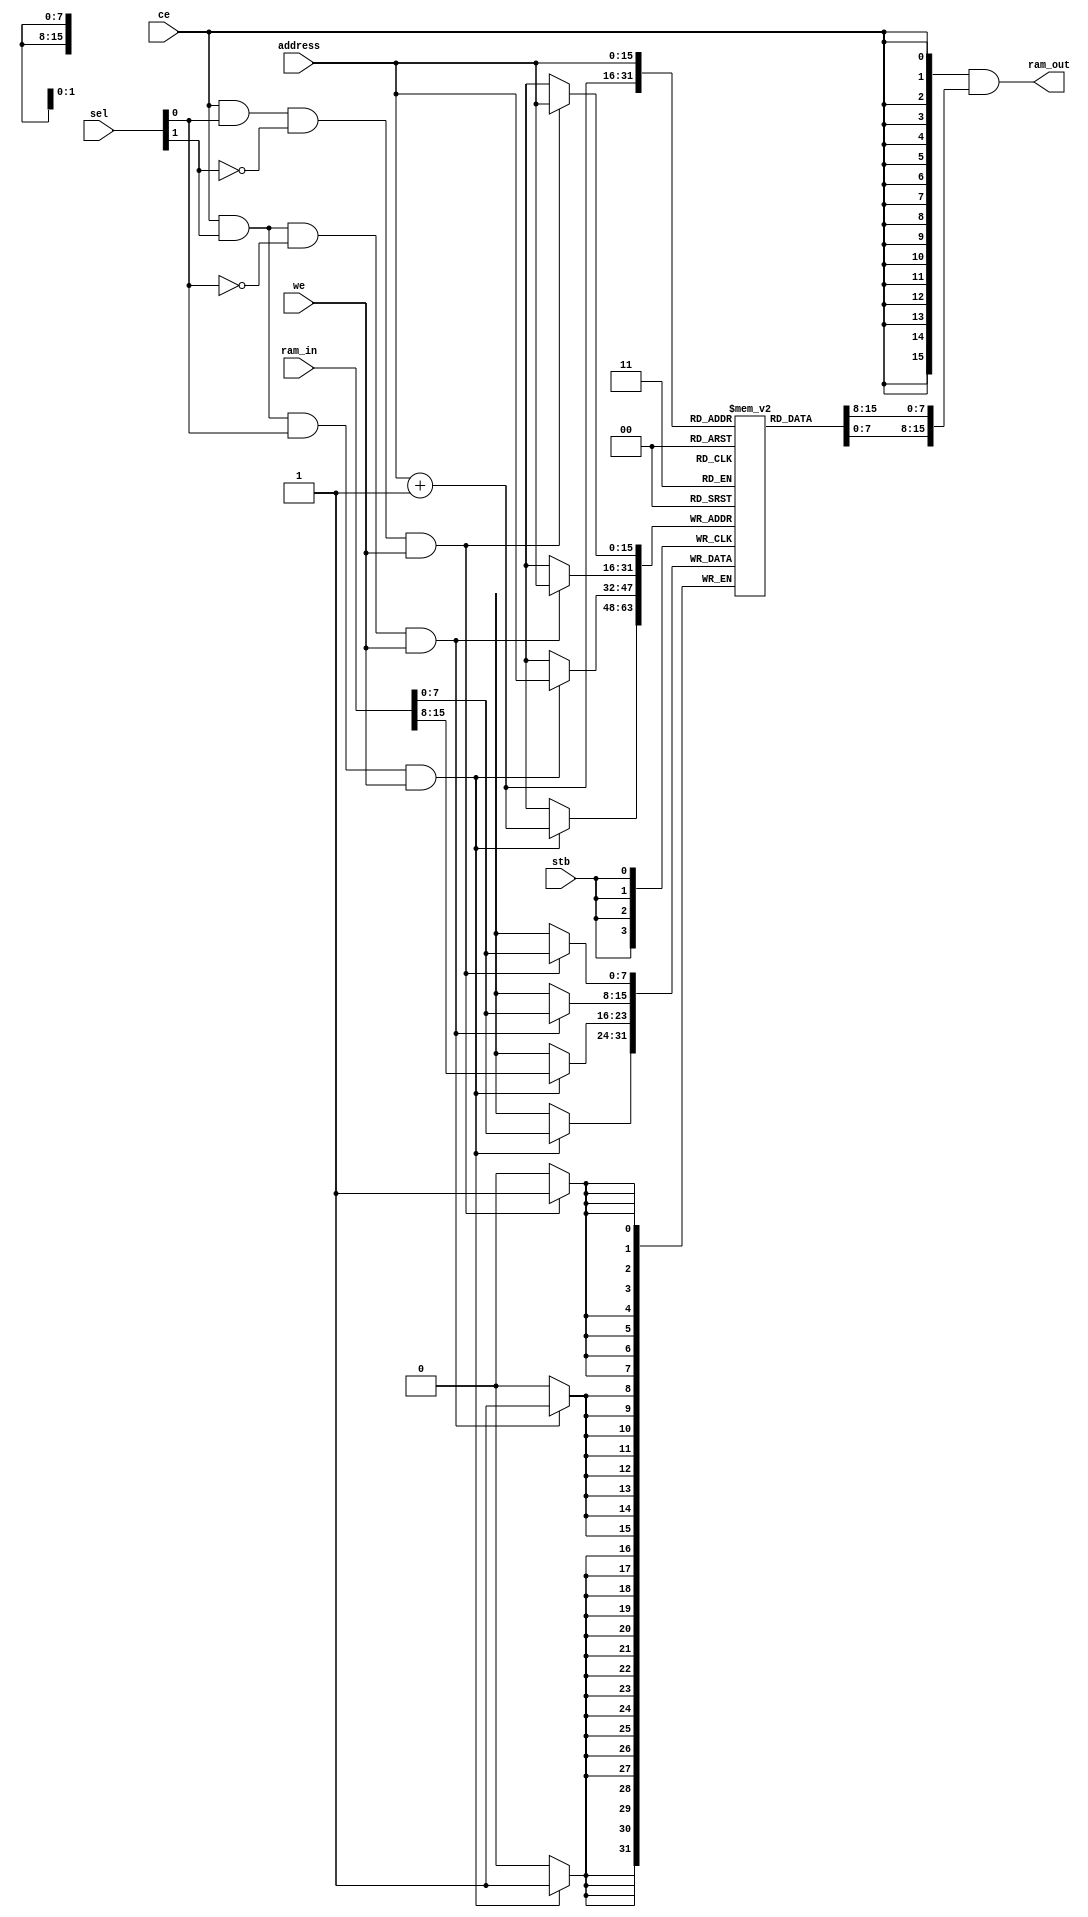
////////////////////////////////////////////////////////////////////////////////
//
//  WISHBONE revB.2 compliant Xgate Coprocessor - test bench ram
//
//          rehayes@opencores.org
//
//  Downloaded from: http://www.opencores.org/projects/xgate.....
//
////////////////////////////////////////////////////////////////////////////////
// Copyright (c) 2009, Robert Hayes
//
// This source file is free software: you can redistribute it and/or modify
// it under the terms of the GNU Lesser General Public License as published
// by the Free Software Foundation, either version 3 of the License, or
// (at your option) any later version.
//
// Supplemental terms.
//     * Redistributions of source code must retain the above copyright
//       notice, this list of conditions and the following disclaimer.
//     * Neither the name of the <organization> nor the
//       names of its contributors may be used to endorse or promote products
//       derived from this software without specific prior written permission.
//
// THIS SOFTWARE IS PROVIDED BY Robert Hayes ''AS IS'' AND ANY
// EXPRESS OR IMPLIED WARRANTIES, INCLUDING, BUT NOT LIMITED TO, THE IMPLIED
// WARRANTIES OF MERCHANTABILITY AND FITNESS FOR A PARTICULAR PURPOSE ARE
// DISCLAIMED. IN NO EVENT SHALL Robert Hayes BE LIABLE FOR ANY
// DIRECT, INDIRECT, INCIDENTAL, SPECIAL, EXEMPLARY, OR CONSEQUENTIAL DAMAGES
// (INCLUDING, BUT NOT LIMITED TO, PROCUREMENT OF SUBSTITUTE GOODS OR SERVICES;
// LOSS OF USE, DATA, OR PROFITS; OR BUSINESS INTERRUPTION) HOWEVER CAUSED AND
// ON ANY THEORY OF LIABILITY, WHETHER IN CONTRACT, STRICT LIABILITY, OR TORT
// (INCLUDING NEGLIGENCE OR OTHERWISE) ARISING IN ANY WAY OUT OF THE USE OF THIS
// SOFTWARE, EVEN IF ADVISED OF THE POSSIBILITY OF SUCH DAMAGE.
//
// You should have received a copy of the GNU General Public License
// along with this program.  If not, see <http://www.gnu.org/licenses/>.
////////////////////////////////////////////////////////////////////////////////
// 45678901234567890123456789012345678901234567890123456789012345678901234567890


module ram #(parameter AWIDTH = 16,          // Address Bus width
             parameter DWIDTH = 16)          // Data bus width
  (
  // Wishbone Slave Signals
  output    [DWIDTH-1:0] ram_out,       // databus output

  input     [AWIDTH-1:0] address,       // lower address bits
  input     [DWIDTH-1:0] ram_in,        // databus input
  input                  we,            // write enable input
  input                  ce,            // Chip Enable
  input                  stb,           // stobe/core select signal
  input  [DWIDTH/8 -1:0] sel            // Select byte in word bus transaction
  );

  // Name Address Locations
  parameter XGATE_XGMCTL   = 16'h0000;

  //
  // wires && regs
  //
  reg       [  7:0] ram_8 [65535:0];    // Testbench memory for holding XGATE test code


  // Write memory interface to RAM
  always @(posedge stb)
    begin
      if (ce && sel[0] && !sel[1] && we)
        ram_8[address] <= ram_in[7:0];
      if (ce && sel[1] && !sel[0] && we)
        ram_8[address] <= ram_in[7:0];
      if (ce && sel[1] && sel[0] && we)
        begin
          ram_8[address]   <= ram_in[15:8];
          ram_8[address+1] <= ram_in[ 7:0];
        end
    end

  // BIGENDIAN
  assign ram_out = {DWIDTH{ce}} & {ram_8[address], ram_8[address+1]};


  task dump_ram;
    input [AWIDTH-1:0] start_address;
    reg   [AWIDTH-1:0] dump_address;
    integer i, j;
    begin
        $display("Dumping RAM - Starting Address #%h", start_address);

        dump_address = start_address;
        while (dump_address <= start_address + 16'h0080)
          begin
            $write("Address = %h", dump_address);
            for (i = 0; i < 16; i = i + 1)
              begin
                $write(" %h", ram_8[dump_address]);
                dump_address = dump_address + 1;
              end
            $write("\n");
          end

    end
  endtask



endmodule  // ram